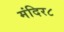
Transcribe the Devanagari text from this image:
मंदिर८